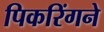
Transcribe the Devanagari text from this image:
पिकरिंगने